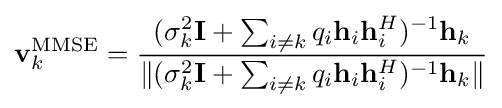
\mathbf {v} _{k}^{\textrm {MMSE}}={\frac {(\sigma _{k}^{2}\mathbf {I} +\sum _{i\neq k}q_{i}\mathbf {h} _{i}\mathbf {h} _{i}^{H})^{-1}\mathbf {h} _{k}}{\|(\sigma _{k}^{2}\mathbf {I} +\sum _{i\neq k}q_{i}\mathbf {h} _{i}\mathbf {h} _{i}^{H})^{-1}\mathbf {h} _{k}\|}}